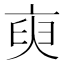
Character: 𬽑